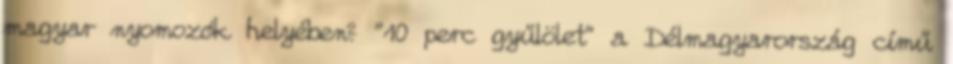
magyar nyomozók helyében? "10 perc gyűlölet" a Délmagyarország című